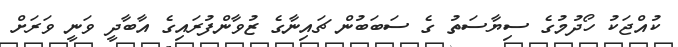
ކުއްޖަކު ހޯދުމުގެ ސިޔާސަތު ގެ ސަބަބުން ޗައިނާގެ ޒުވާންފުރައިގެ އާބާދީ ވަނީ ވަރަށް